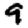
Digit: 9